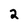
Character: 2